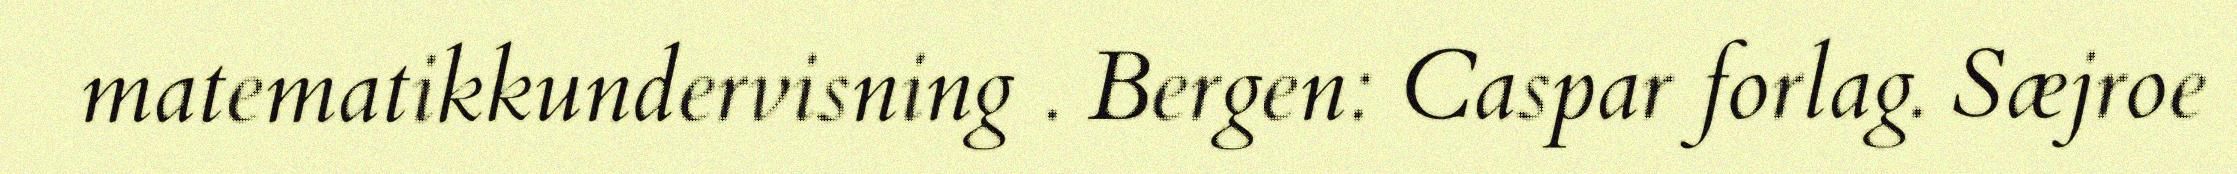
matematikkundervisning . Bergen: Caspar forlag. Sæjroe